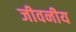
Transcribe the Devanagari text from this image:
जीवनीय